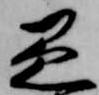
愚